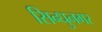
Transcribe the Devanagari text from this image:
सिन्धुनगर